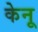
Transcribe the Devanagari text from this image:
केनू